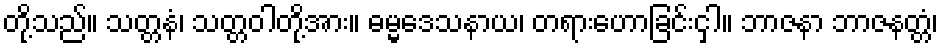
တို့သည်။ သတ္တနံ၊ သတ္တဝါတို့အား။ ဓမ္မဒေသနာယ၊ တရားဟောခြင်းငှါ။ ဘာဇနာ ဘာဇနတ္တံ၊